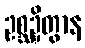
ဥစ္ဆဍ္ဍိတွာန